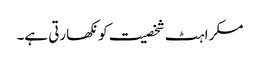
مسکراہٹ شخصیت کو نکھارتی ہے۔